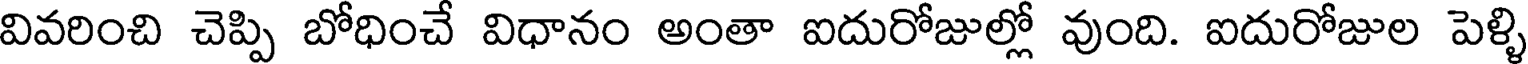
వివరించి చెప్పి బోధించే విధానం అంతా ఐదురోజుల్లో వుంది. ఐదురోజుల పెళ్ళి